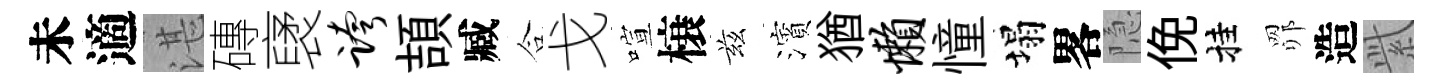
未適湛磚裦跨頡臧合戈喧榱兹濱猶懒憧塌畧隐俛挂𦊑造𬗋